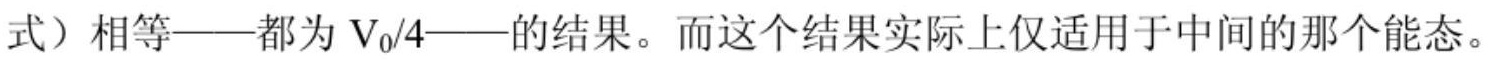
式）相等——都为 $V_0/4$——的结果。而这个结果实际上仅适用于中间的那个能态。